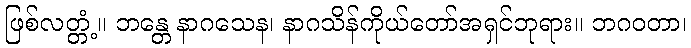
ဖြစ်လတ္တံ့။ ဘန္တေ နာဂသေန၊ နာဂသိန်ကိုယ်တော်အရှင်ဘုရား။ ဘဂဝတာ၊